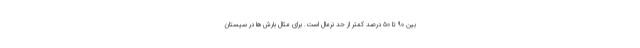
بین ۹۰ تا ۵۰ درصد کمتر از حد نرمال است. برای مثال بارش‌ها در سیستان